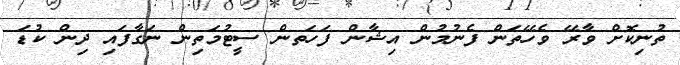
ތުނިކޮށް ވާރޭ ވެހޭތަން ފެނުމުން އިޝާން ފަހަތން ސީޓުމަތިން ނަގާފައި ދިން ކުޑަ